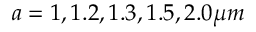
a = 1 , 1 . 2 , 1 . 3 , 1 . 5 , 2 . 0 \mu m